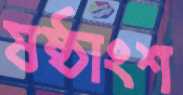
ষষ্ঠাংশ